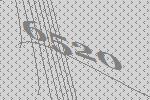
6520